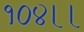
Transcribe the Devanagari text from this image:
१०४।।